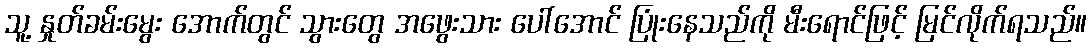
သူ့ နှုတ်ခမ်းမွေး အောက်တွင် သွားတွေ အဖွေးသား ပေါ်အောင် ပြုံးနေသည်ကို မီးရောင်ဖြင့် မြင်လိုက်ရသည်။